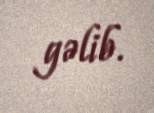
gəlib.